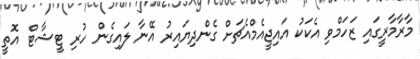
މާރާމާރީގައި ޒަހަމްވި އެކަކު އައިޖީއެމްއެޗަށް ގެންދިޔައިރު އޭނާ ލައިގެން ހުރި ޓީޝާޓް އޮތީ